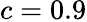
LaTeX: c=0.9